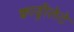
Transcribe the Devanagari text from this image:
क्वाड्रीलेटे